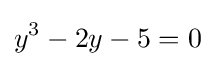
y^{3}-2y-5=0